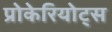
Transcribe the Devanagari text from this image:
प्रोकेरियोट्स